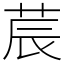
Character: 莀